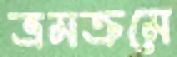
ভ্রমক্রমে